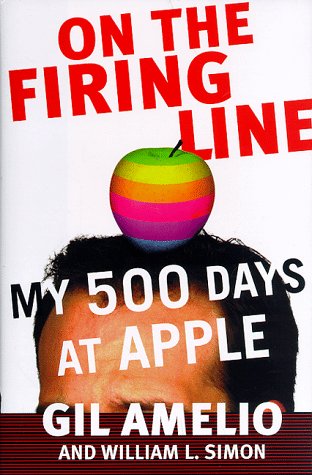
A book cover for On the Firing Line: My 500 Days at Apple; Gil Amelio; Computers & Technology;